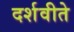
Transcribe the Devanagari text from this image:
दर्शवीते